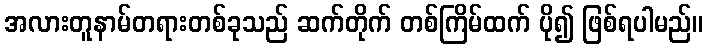
အလားတူနာမ်တရားတစ်ခုသည် ဆက်တိုက် တစ်ကြိမ်ထက် ပို၍ ဖြစ်ရပါမည်။